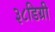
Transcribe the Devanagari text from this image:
३८डिग्री